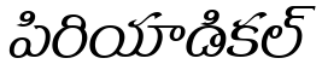
పిరియాడికల్